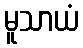
မူသာယံ